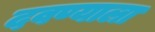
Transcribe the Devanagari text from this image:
दवण्याला